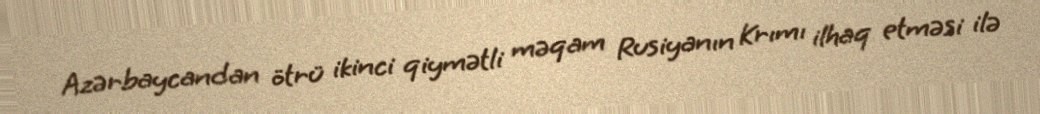
Azərbaycandan ötrü ikinci qiymətli məqam Rusiyanın Krımı ilhaq etməsi ilə